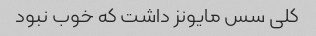
کلی سس مایونز داشت که خوب نبود